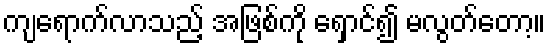
ကျရောက်လာသည့် အဖြစ်ကို ရှောင်၍ မလွတ်တော့။